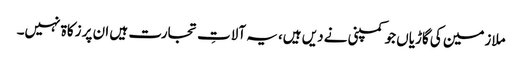
ملازمین کی گاڑیاں جو کمپنی نے دیں ہیں، یہ آلاتِ تجارت ہیں ان پر زکاۃ نہیں۔